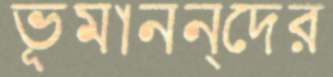
ভূমানন্দের